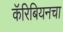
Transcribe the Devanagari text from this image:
कॅरिबियनचा